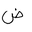
Letter: _dad